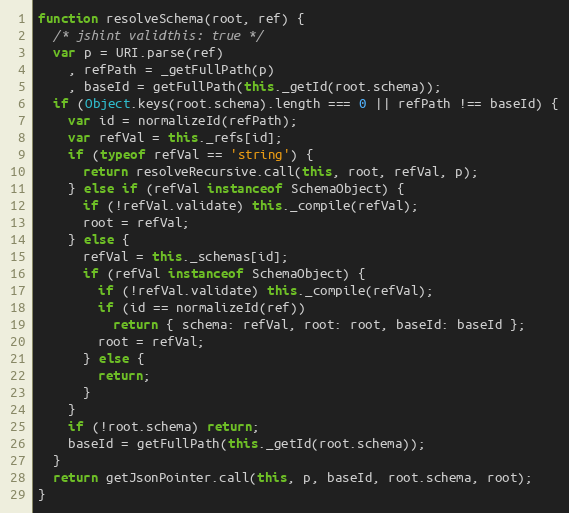
Language: JavaScript
function resolveSchema(root, ref) {
  /* jshint validthis: true */
  var p = URI.parse(ref)
    , refPath = _getFullPath(p)
    , baseId = getFullPath(this._getId(root.schema));
  if (Object.keys(root.schema).length === 0 || refPath !== baseId) {
    var id = normalizeId(refPath);
    var refVal = this._refs[id];
    if (typeof refVal == 'string') {
      return resolveRecursive.call(this, root, refVal, p);
    } else if (refVal instanceof SchemaObject) {
      if (!refVal.validate) this._compile(refVal);
      root = refVal;
    } else {
      refVal = this._schemas[id];
      if (refVal instanceof SchemaObject) {
        if (!refVal.validate) this._compile(refVal);
        if (id == normalizeId(ref))
          return { schema: refVal, root: root, baseId: baseId };
        root = refVal;
      } else {
        return;
      }
    }
    if (!root.schema) return;
    baseId = getFullPath(this._getId(root.schema));
  }
  return getJsonPointer.call(this, p, baseId, root.schema, root);
}